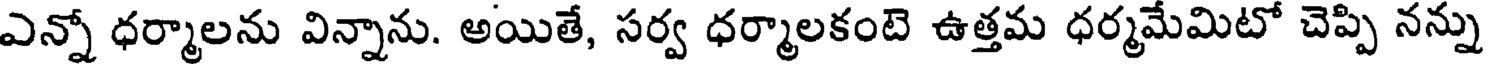
ఎన్నో ధర్మాలను విన్నాను. అయితే, సర్వ ధర్మాలకంటె ఉత్తమ ధర్మమేమిటో చెప్పి నన్ను